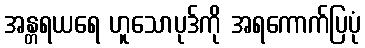
အန္တရယရေ ဟူသောပုဒ်ကို အရကောက်ပြပုံ